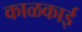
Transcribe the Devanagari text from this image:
काळकाई